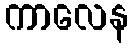
ကာလေန